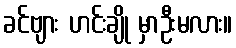
ခင်ဗျား ဟင်းချို မှာဦးမလား။